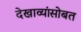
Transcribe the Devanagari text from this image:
देखाव्यांसोबत